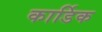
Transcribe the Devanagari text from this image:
कार्डिक